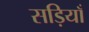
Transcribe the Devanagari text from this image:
सड़ियाँ